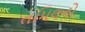
તમિલનો